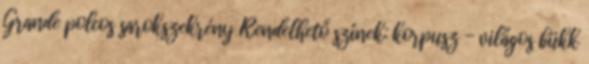
Grande polcos sarokszekrény Rendelhető színek: korpusz - világos bükk